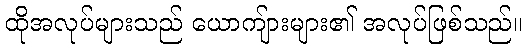
ထိုအလုပ်များသည် ယောကျ်ားများ၏ အလုပ်ဖြစ်သည်။